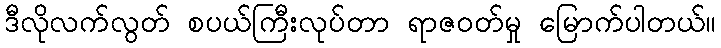
ဒီလိုလက်လွတ် စပယ်ကြီးလုပ်တာ ရာဇဝတ်မှု မြောက်ပါတယ်။